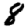
Digit: 8